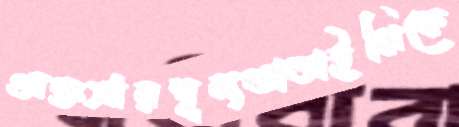
অন্তঃসারশূন্যতাভাইঝিকে